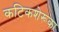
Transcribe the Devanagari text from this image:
कटिकशेरूका